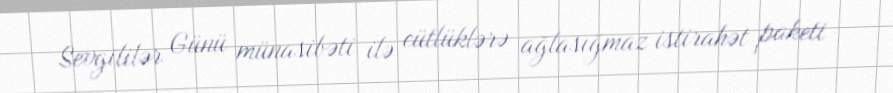
Sevgililər Günü münasibəti ilə cütlüklərə ağlasığmaz istirahət paketi